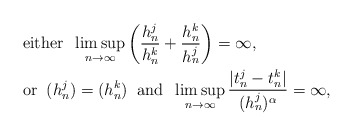
\begin{align*}\begin{aligned}&\mbox{either}\;\; \limsup_{n \rightarrow\infty}\left(\frac{h^j_n}{h^k_n} +\frac{h^k_n}{h^j_n}\right) = \infty,\\&\mbox{or}\;\; (h^j_n) = (h^k_n)\;\;\mbox{and}\;\;\limsup_{n\rightarrow \infty}\frac{|t^j_n - t^k_n|}{(h^j_n)^\alpha} = \infty,\end{aligned}\end{align*}